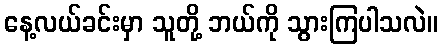
နေ့လယ်ခင်းမှာ သူတို့ ဘယ်ကို သွားကြပါသလဲ။